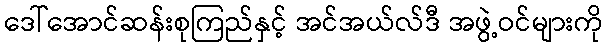
ဒေါ်အောင်ဆန်းစုကြည်နှင့် အင်အယ်လ်ဒီ အဖွဲ့ဝင်များကို